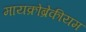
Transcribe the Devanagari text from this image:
मायक्रोब्रेकीयम